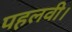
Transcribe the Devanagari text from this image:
पहलवी।